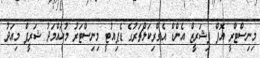
މިނިސްޓްރީ އޮފް ފިޝަރީޒް އެންޑް އެގްރިކަލްޗަރުގެ ޑެޕިއުޓީ މިނިސްޓަރު މުހައްމަދު ޝަރީފް މިއަދު